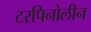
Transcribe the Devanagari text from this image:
टरपिनोलीन